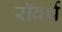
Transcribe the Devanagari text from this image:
रॉवर्थ